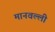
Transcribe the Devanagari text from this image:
मानवल्ली